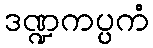
ဒဏ္ဍကပ္ပကံ